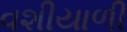
વશીયાળી